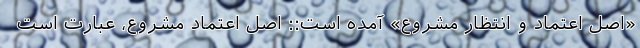
«اصل اعتماد و انتظار مشروع» آمده است:: اصل اعتماد مشروع، عبارت است